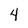
Character: 4